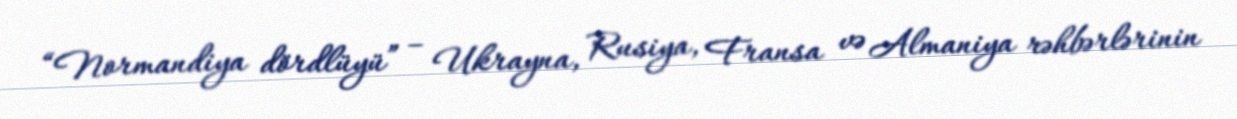
“Normandiya dördlüyü” – Ukrayna, Rusiya, Fransa və Almaniya rəhbərlərinin